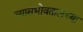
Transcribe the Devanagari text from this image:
त्यासभोवतालच्या